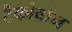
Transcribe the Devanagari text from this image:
टैंकोबाॅन